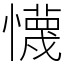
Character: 懱